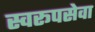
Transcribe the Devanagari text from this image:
स्वरूपसेवा